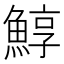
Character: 鯙